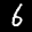
Label: 6